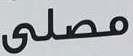
مصلى